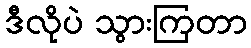
ဒီလိုပဲ သွားကြတာ